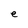
Character: e